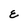
Character: E